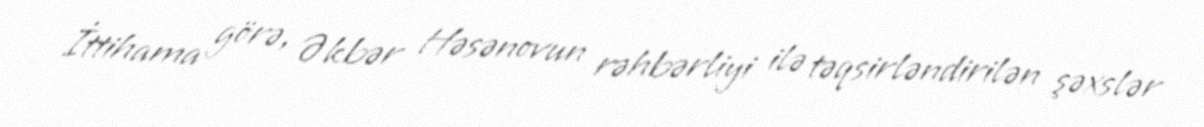
İttihama görə, Əkbər Həsənovun rəhbərliyi ilə təqsirləndirilən şəxslər